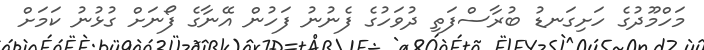
މަހްމޫދުގެ ހަށިގަނޑު ބުރާސްފަތި ދުވަހުގެ ފެނުނު ފަހުން އޭނާގެ ފޯނަށް ގުޅުނު ކަމަށް